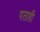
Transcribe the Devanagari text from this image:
पताही